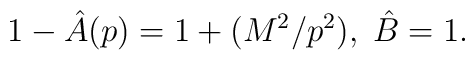
1 - \hat{A}(p) = 1 + (M^2/p^2),\;\hat{B} = 1.